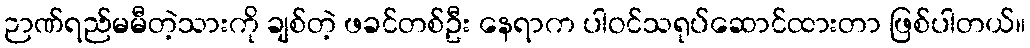
ဉာဏ်ရည်မမီတဲ့သားကို ချစ်တဲ့ ဖခင်တစ်ဦး နေရာက ပါဝင်သရုပ်ဆောင်ထားတာ ဖြစ်ပါတယ်။